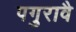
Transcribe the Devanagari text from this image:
पगुरावै